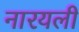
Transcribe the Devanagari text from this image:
नारयली